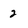
Character: 2